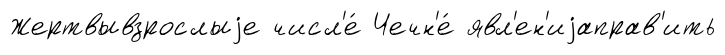
Жертвывзрослыjе числ'е́ Чечн'е́ явл'ен'иjаправ'ить